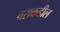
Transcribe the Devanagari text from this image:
वराकडील